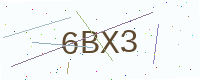
Text: 6BX3